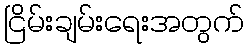
ငြိမ်းချမ်းရေးအတွက်